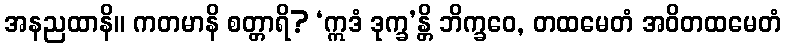
အနညထာနိ။ ကတမာနိ စတ္တာရိ? ‘ဣဒံ ဒုက္ခ’န္တိ ဘိက္ခဝေ, တထမေတံ အဝိတထမေတံ